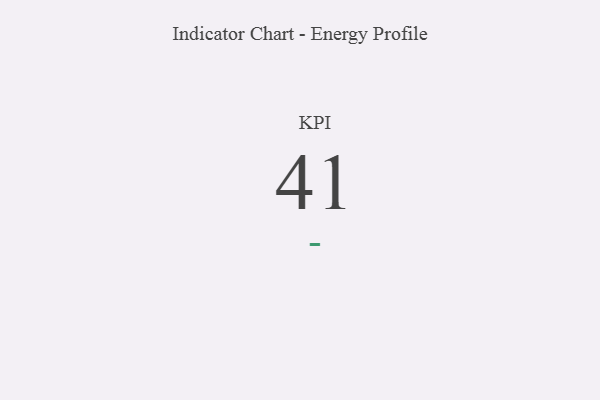
{"axis": {"x": "KPI", "y": "Value"}, "legend": [""], "data": [{"x": "KPI", "y": 41, "type": ""}]}